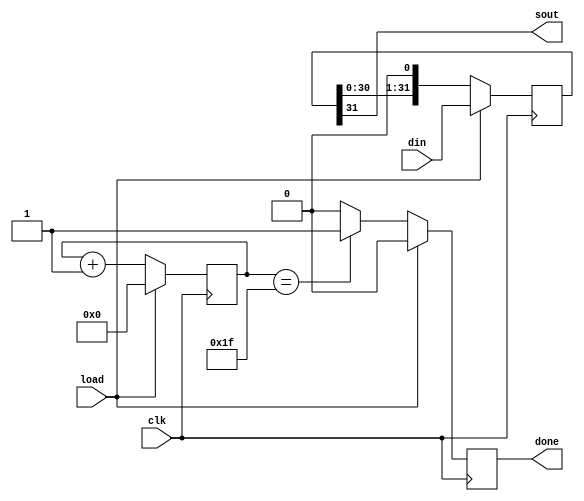
module parshift (
  input  clk,      // shift register clock, data update on rising edge
  input load,      // logic high loads data; low starts shifting out
  input [MSB:0] din,  // bus with data to shift out
  output sout, // the serial output
  output done  // done-shifting flag goes high at start of final bit (b0)
  );

parameter WIDTH = 32;  // MSB of the shift reg (WIDTH+1 bits total)
localparam MSB = WIDTH-1;  // bit numbering from 0 to MSB

reg [MSB:0] sreg;    // shift register data
reg [6:0] bitcount;  // so max WIDTH = 127, but that should be enough...
reg dflag;           // stores DONE flag output
 
// 3 inputs: clk, load, bitcount
// 3 outputs: dflag, bitcount, sreg
always @(posedge clk) 
  begin 
    if (load) 
	  begin
	   dflag <= 1'd0;      // reset DONE flag to 0 (false)
	   bitcount <= 7'd0;  // set bit counter at b0
      sreg <= din;   // b0 is output immediately upon (load & posedge clk)
	  end
    else 
	  begin
       sreg <= {sreg[(MSB-1):0], 1'b0}; // shift left and 0-fill on right
		 bitcount <= bitcount+1;  // this is the number of current bit output
       if (bitcount == MSB) 
		   dflag <= 1'b1;  // MSB is last bit, set DONE flag high
	    else
	      dflag <= 1'b0;  // not done yet so DONE remains low
	  end
  end 

assign sout = sreg[MSB];    // shift register data output
assign done = dflag;        // shift register DONE flag output
endmodule
module shift (C, SLOAD, SI, D, SO); 
input  C,SI,SLOAD; 
input [7:0] D; 
output SO; 
reg [7:0] tmp; 
 
  always @(posedge C) 
  begin 
    if (SLOAD) 
      tmp = D; 
    else 
      begin 
        tmp = {tmp[6:0], SI}; 
      end 
  end 
  
assign SO  = tmp[7]; 

endmodule